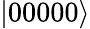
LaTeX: |00000\rangle